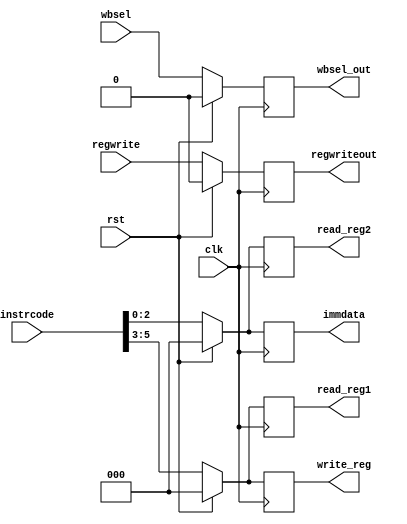
`timescale 1ns / 1ps

module If_id_reg(
    input clk,
    input rst,
    input regwrite,
    input wbsel,
    input [7:0] instrcode,
    output reg [2:0] read_reg1,
    output reg [2:0] read_reg2,
    output reg [2:0] write_reg,
    output reg [2:0] immdata,
    output reg regwriteout,
    output reg wbsel_out
    );
    
    always@(posedge clk)
    begin
        if(rst==0)
        begin
            read_reg1 = instrcode[5:3];
            read_reg2 = instrcode[2:0];
            write_reg = instrcode[5:3];
            immdata = instrcode[2:0];
            regwriteout=regwrite;
            wbsel_out=wbsel;
        end
        else
        begin
            read_reg1 = 0;
            read_reg2 = 0;
            write_reg = 0;
            immdata = 0;
            regwriteout=0;
            wbsel_out=0;
        end
     end
     
endmodule